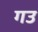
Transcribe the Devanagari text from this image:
गउ